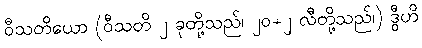
ဝီသတိယော (ဝီသတိ ၂ ခုတို့သည်၊ ၂၀+၂ လီတို့သည်၊) ဒွီဟိ